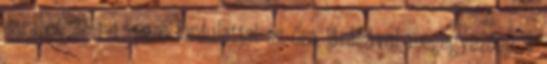
darabot 27±1 1 perc fordulattal az óra járásával megegyezõen, a